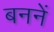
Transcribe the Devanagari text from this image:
बननें